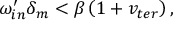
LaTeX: \omega _ { i n } ^ { \prime } \delta _ { m } < \beta \left( 1 + v _ { t e r } \right) ,